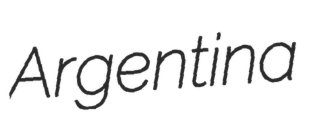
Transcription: Argentina